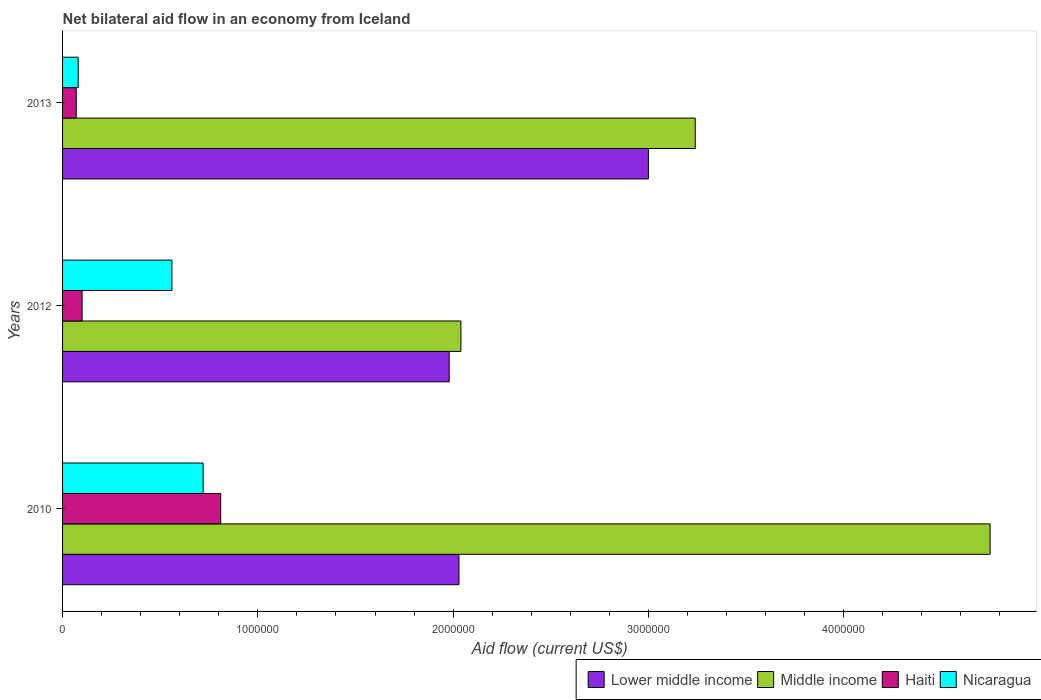
| Years | Lower middle income | Middle income | Haiti | Nicaragua |
 | --- | --- | --- | --- | --- |
 | 2010 | 2.03e+06 | 4.75e+06 | 8.1e+05 | 7.2e+05 |
 | 2012 | 1.98e+06 | 2.04e+06 | 1e+05 | 5.6e+05 |
 | 2013 | 3e+06 | 3.24e+06 | 7e+04 | 8e+04 |